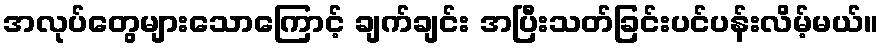
အလုပ်တွေများသောကြောင့် ချက်ချင်း အပြီးသတ်ခြင်းပင်ပန်းလိမ့်မယ်။